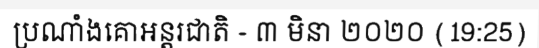
ប្រណាំងគោអន្តរជាតិ - ៣ មិនា ២០២០ (19:25)